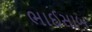
ભાઈસાબ